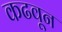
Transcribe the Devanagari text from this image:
कढवून